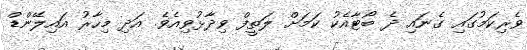
ވެރިކަމުގައި ގެނައި ދެ ބޯޓާއެކު ކަމަށް ލަތީފް ވިދާޅުވިއެވެ. އަދި މިހާރު އައިލޭންޑް